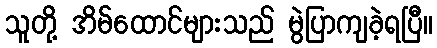
သူတို့ အိမ်ထောင်များသည် မွဲပြာကျခဲ့ရပြီ။